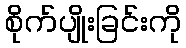
စိုက်ပျိုးခြင်းကို